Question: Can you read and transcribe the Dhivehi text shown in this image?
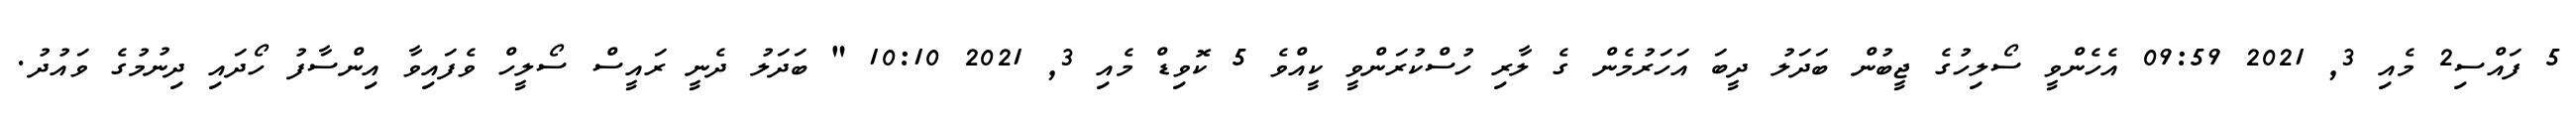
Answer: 5 ފައްސި2 މެއި 3, 2021 09:59 އެހެންވީ ސޯލިހުގެ ޖީބުން ބަދަލު ދީބަ އަހަރުމެން ގެ ލާރި ހުސްކުރަންވީ ކީއްވެ 5 ކޮވިޑް މެއި 3, 2021 10:10 " ބަދަލު ދެނީ ރައީސް ސޯލީހް ވެފައިވާ އިންސާފު ހޯދައި ދިނުމުގެ ވައުދު.